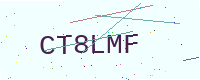
Text: CT8LMF